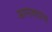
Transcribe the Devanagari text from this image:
आमाशयाचा